Causation and prevention of malarial fevers: a statement of the results of researches drawn up for the use of assistant surgeons, hospital assistants and students
Disease focus: Malaria
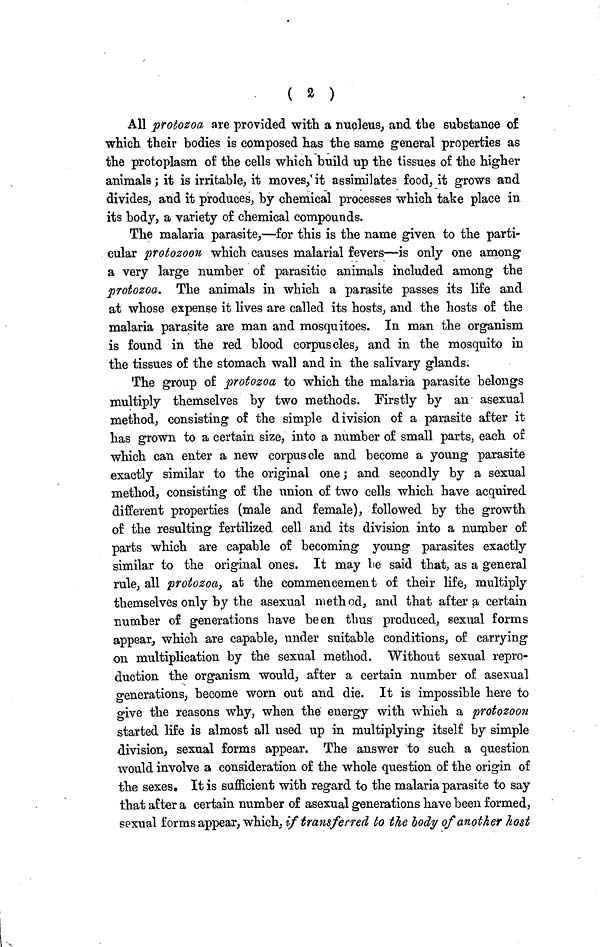
( 2 )
All protozoa are provided with a nucleus, and the substance of
which their bodies is composed has the same general properties as
the protoplasm of the cells which build up the tissues of the higher
animals; it is irritable, it moves, it assimilates food, it grows and
divides, and it produces, by chemical processes which take place in
its body, a variety of chemical compounds.
The malaria parasite,—for this is the name given to the parti-
cular protozoan which causes malarial fevers—is only one among
a very large number of parasitic animals included among the
protozoa. The animals in which a parasite passes its life and
at whose expense it lives are called its hosts, and the hosts of the
malaria parasite are man and mosquitoes. In man the organism
is found in the red blood corpuscles, and in the mosquito in
the tissues of the stomach wall and in the salivary glands.
The group of protozoa to which the malaria parasite belongs
multiply themselves by two methods. Firstly by an asexual
method, consisting of the simple division of a parasite after it
has grown to a certain size, into a number of small parts, each of
which can enter a new corpuscle and become a young parasite
exactly similar to the original one; and secondly by a sexual
method, consisting of the union of two cells which have acquired
different properties (male and female), followed by the growth
of the resulting fertilized cell and its division into a number of
parts which are capable of becoming young parasites exactly
similar to the original ones. It may be said that, as a general
rule, all protozoa, at the commencement of their life, multiply
themselves only by the asexual method, and that after a certain
number of generations have been thus produced, sexual forms
appear, which are capable, under suitable conditions, of carrying
on multiplication by the sexual method. Without sexual repro-
duction the organism would, after a certain number of asexual
generations, become worn out and die. It is impossible here to
give the reasons why, when the energy with which a protozoon
started life is almost all used up in multiplying itself by simple
division, sexual forms appear. The answer to such a question
would involve a consideration of the whole question of the origin of
the sexes. It is sufficient with regard to the malaria parasite to say
that after a certain number of asexual generations have been formed,
sexual forms appear, which, if transferred to the body of another host